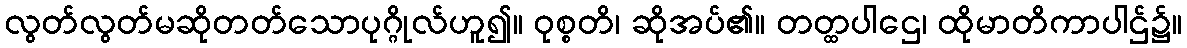
လွတ်လွတ်မဆိုတတ်သောပုဂ္ဂိုလ်ဟူ၍။ ဝုစ္စတိ၊ ဆိုအပ်၏။ တတ္ထပါဌေ၊ ထိုမာတိကာပါဌ်၌။